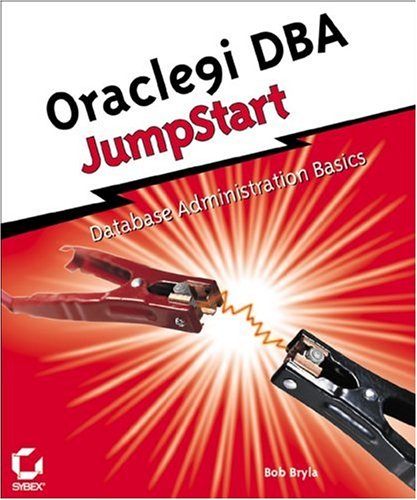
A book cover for Oracle9i DBA JumpStart; Bob Bryla; Computers & Technology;